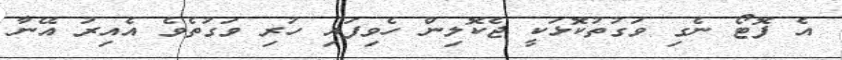
އެ ފޮޓޯ ނެގި ވަގުތުކޮޅަކީ ޖެކޮލިން ހެވިފައި ހުރި ވަގުތެވެ އެއިރު އޭނާ